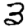
Digit: 3